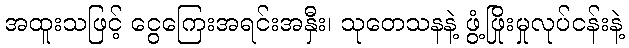
အထူးသဖြင့် ငွေကြေးအရင်းအနှီး၊ သုတေသနနဲ့ ဖွံ့ဖြိုးမှုလုပ်ငန်းနဲ့